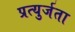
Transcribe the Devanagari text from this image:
प्रत्युर्जता